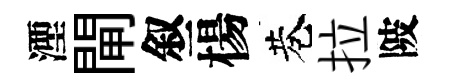
湮閘叙楊巷拉陂